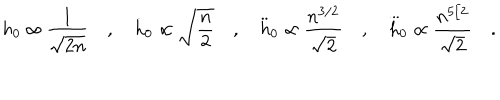
h _ { 0 } \propto \frac { 1 } { \sqrt { 2 n } } \quad , \quad \dot { h } _ { 0 } \propto \sqrt { \frac { n } { 2 } } \quad , \quad \ddot { h } _ { 0 } \propto \frac { n ^ { 3 / 2 } } { \sqrt { 2 } } \quad , \quad { \stackrel { . . . } h } _ { 0 } \propto \frac { n ^ { 5 / 2 } } { \sqrt { 2 } } \quad .